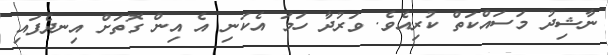
ނާޝިދު މަސައްކަތް ކުރިއެވެ. ވަރުދާ ހަމަ އެކަނި އެ އިން ގޮތަށް އިނދެފައި